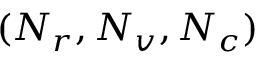
( N _ { r } , N _ { v } , N _ { c } )